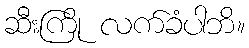
ဆီးကြို လက်ခံပါဘိ။